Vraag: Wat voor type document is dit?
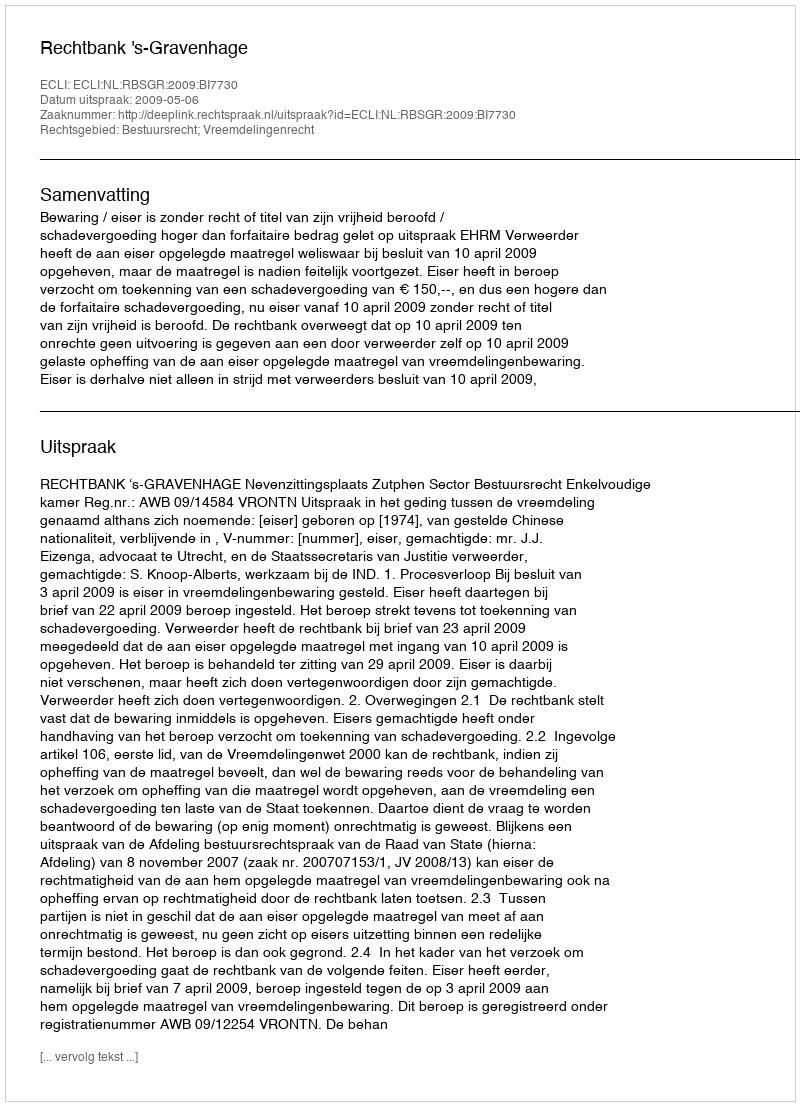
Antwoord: Uitspraak